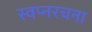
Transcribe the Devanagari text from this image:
स्वप्नरचना